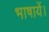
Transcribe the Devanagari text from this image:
भाषायें।